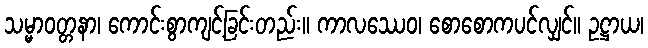
သမ္မာဝတ္တနာ၊ ကောင်းစွာကျင့်ခြင်းတည်း။ ကာလဿေဝ၊ စောစောကပင်လျှင်။ ဥဋ္ဌာယ၊